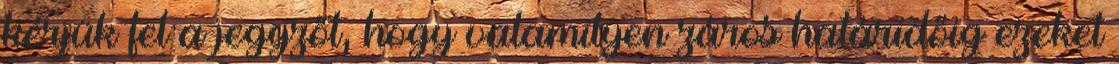
kérjük fel a jegyzőt, hogy valamilyen záros határidőig ezeket